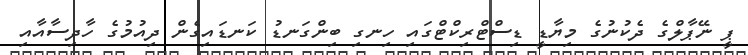
ޕީ ނޭޕާލްގެ ދެކުނުގެ މިޔާޑީ ޑިސްޓްރިކްޓްގައި ހިނގި ބިންގަނޑު ކަނޑައިގެން ދިއުމުގެ ހާދިސާއާއި